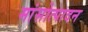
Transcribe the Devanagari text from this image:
मांसोत्पादन